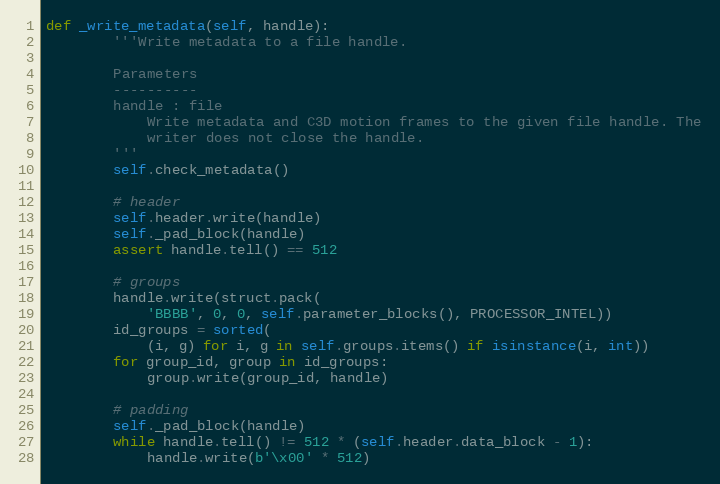
Language: Python
def _write_metadata(self, handle):
        '''Write metadata to a file handle.

        Parameters
        ----------
        handle : file
            Write metadata and C3D motion frames to the given file handle. The
            writer does not close the handle.
        '''
        self.check_metadata()

        # header
        self.header.write(handle)
        self._pad_block(handle)
        assert handle.tell() == 512

        # groups
        handle.write(struct.pack(
            'BBBB', 0, 0, self.parameter_blocks(), PROCESSOR_INTEL))
        id_groups = sorted(
            (i, g) for i, g in self.groups.items() if isinstance(i, int))
        for group_id, group in id_groups:
            group.write(group_id, handle)

        # padding
        self._pad_block(handle)
        while handle.tell() != 512 * (self.header.data_block - 1):
            handle.write(b'\x00' * 512)